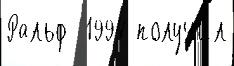
Ральф  1994 получи́л